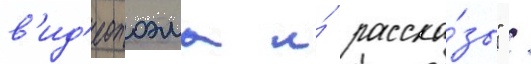
в'ид'еопоэма и́ расска́зы" /